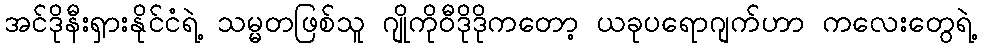
အင်ဒိုနီးရှားနိုင်ငံရဲ့ သမ္မတဖြစ်သူ ဂျိုကိုဝီဒိုဒိုကတော့ ယခုပရောဂျက်ဟာ ကလေးတွေရဲ့